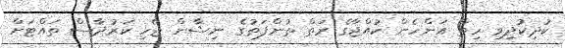
ކުދިކުދިވި ހިތް އަންހެން ކުއްޖާގެ ރަތް ތުންފަތުގެ ނިޝާން ޖެހި ކަރުދާސް ތައްޓަށް